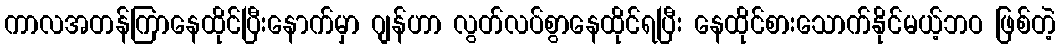
ကာလအတန်ကြာနေထိုင်ပြီးနောက်မှာ ဂျန်ဟာ လွတ်လပ်စွာနေထိုင်ရပြီး နေထိုင်စားသောက်နိုင်မယ့်ဘဝ ဖြစ်တဲ့